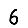
Digit: 6